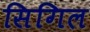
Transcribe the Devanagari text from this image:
सिगिल